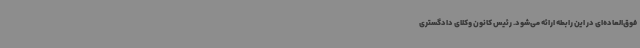
فوق‌العاده‌ای در این رابطه ارائه می‌شود. رئیس کانون وکلای دادگستری